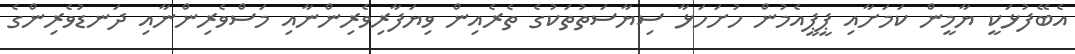
އެބޭފުޅަކީ ޔާމީން ކަމަށާއި ޕީޕީއެމުން ހުށަހަޅާ ސިޔާސަތުތަކުގެ ތެރެއިން ވިޔަފާރިވެރިންނާއި މަސްވެރިންނާއި ދަނޑުވެރިންގެ